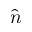
\hat { n }